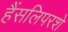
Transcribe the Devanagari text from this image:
हैंसलिपरशे